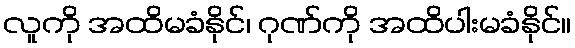
လူကို အထိမခံနိုင်၊ ဂုဏ်ကို အထိပါးမခံနိုင်။